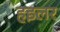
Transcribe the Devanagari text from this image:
हइलर